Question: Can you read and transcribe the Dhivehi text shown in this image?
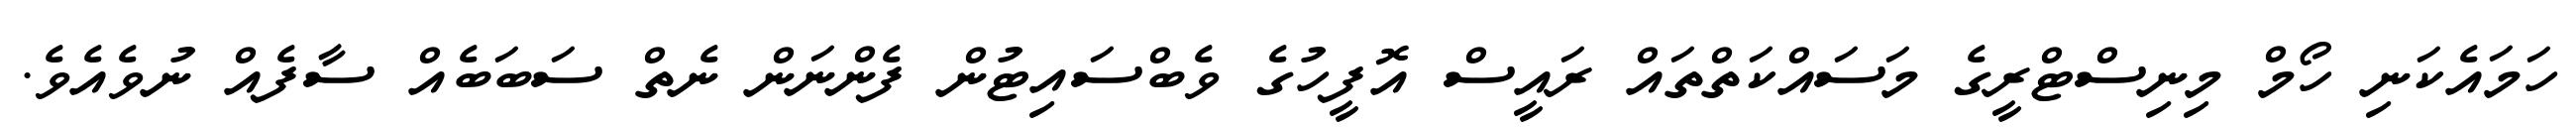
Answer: ހަމައެކަނި ހޯމް މިނިސްޓްރީގެ މަސައްކަތްތައް ރައީސް އޮފީހުގެ ވެބްސައިޓުން ފެންނަން ނެތް ސަބަބެއް ސާފެއް ނުވެއެވެ.